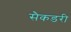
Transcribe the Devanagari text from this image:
सैकडरी